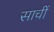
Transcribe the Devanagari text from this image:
साचीं